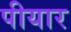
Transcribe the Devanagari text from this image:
पीयार